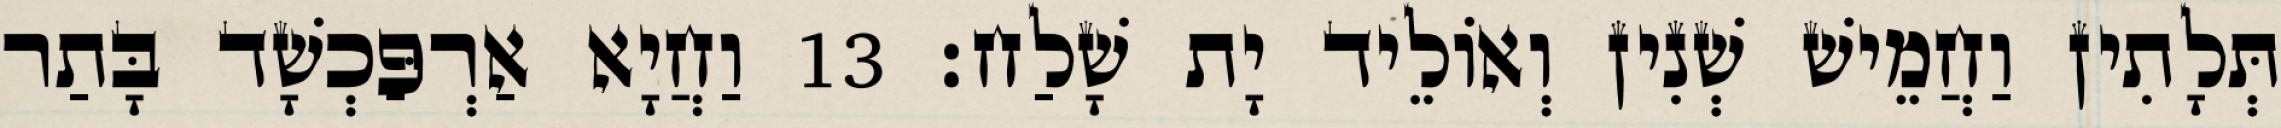
תְּלָתִין וַחֲמֵישׁ שְׁנִין וְאוֹלֵיד יָת שָׁלַח׃ 13 וַחֲיָא אַרְפַּכְשָׁד בָּתַר